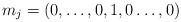
LaTeX: \begin{align*}m_j = (0,\dots,0,1,0\dots,0)\end{align*}